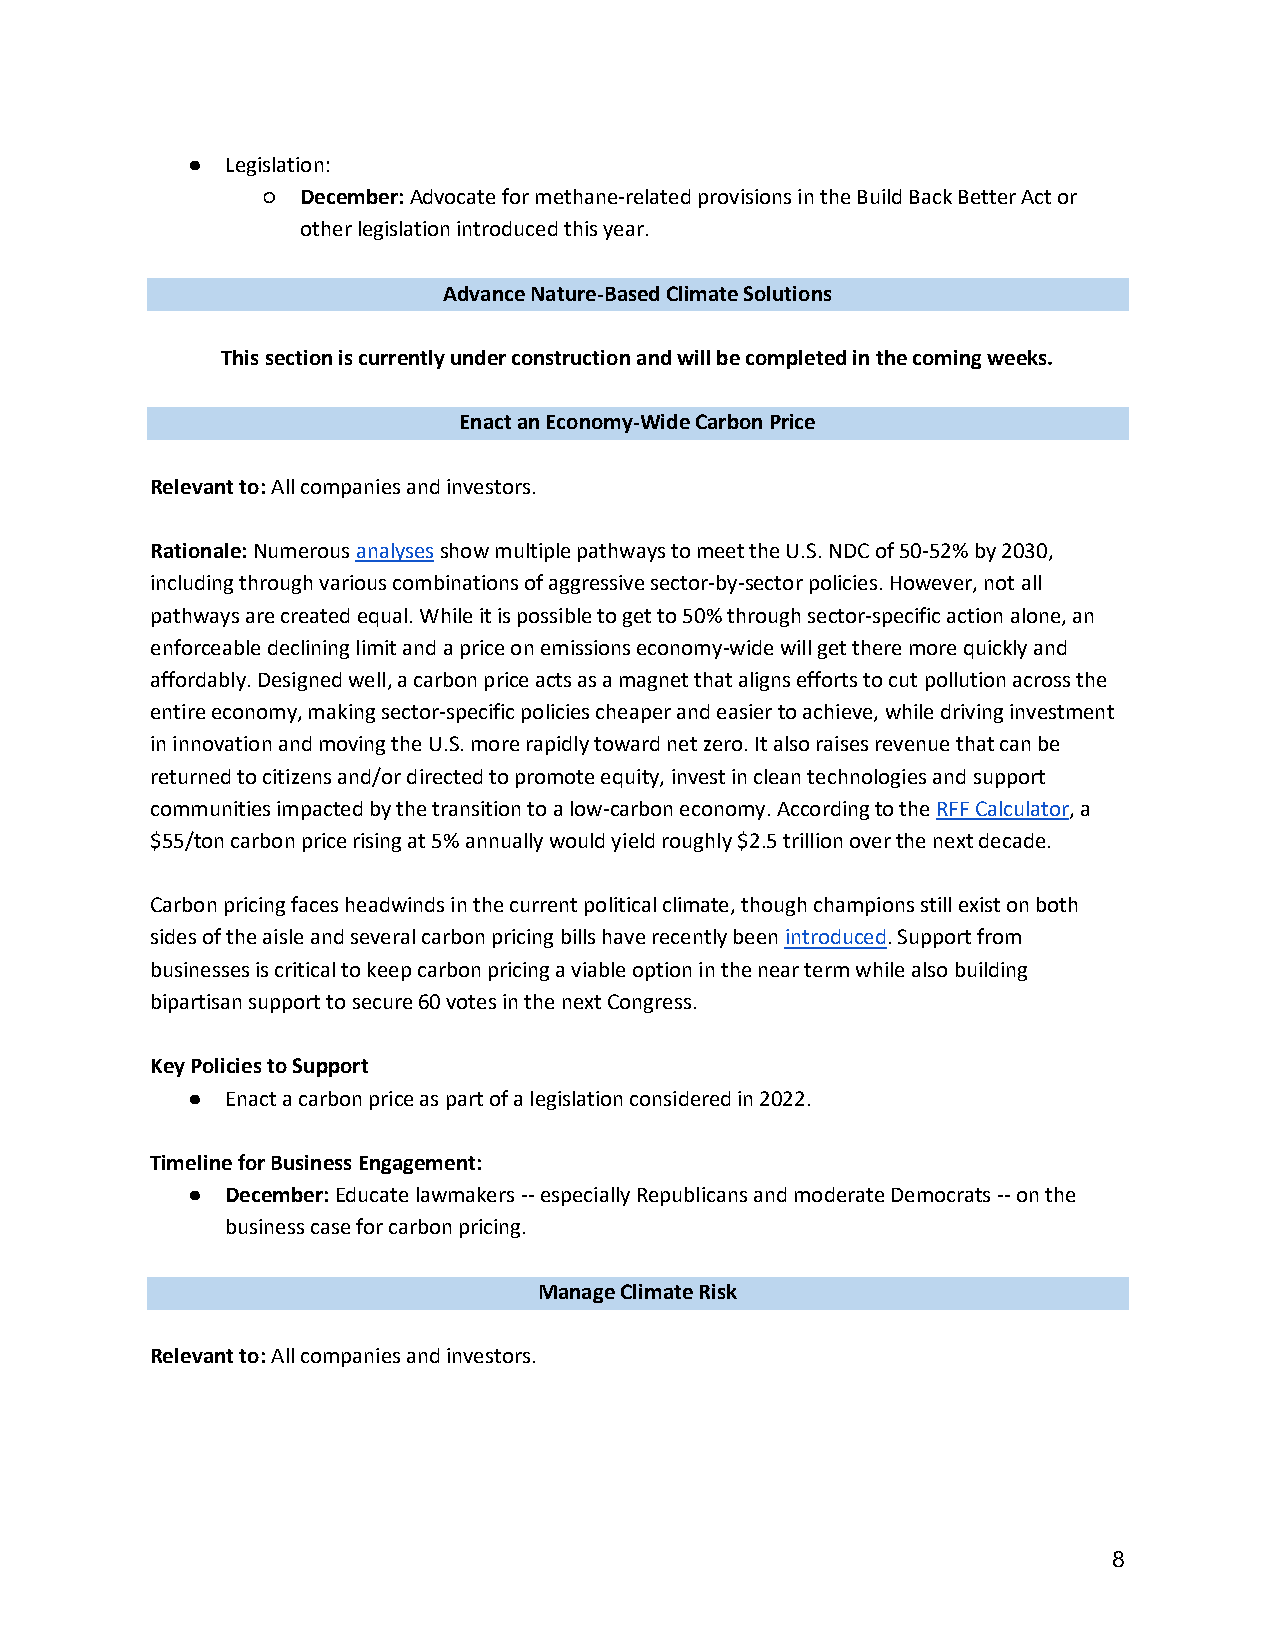
●  Legislation:
 ○  December: Advocate for methane-related provisions in the Build Back Better Act or
 other legislation introduced this year.
 Advance Nature-Based Climate Solutions
 This section is currently under construction and will be completed in the coming weeks.
 Enact an Economy-Wide Carbon Price
 Relevant to: All companies and investors.
 Rationale: Numerous analyses show multiple pathways to meet the U.S. NDC of 50-52% by 2030,
 including through various combinations of aggressive sector-by-sector policies. However, not all
 pathways are created equal. While it is possible to get to 50% through sector-specific action alone, an
 enforceable declining limit and a price on emissions economy-wide will get there more quickly and
 affordably. Designed well, a carbon price acts as a magnet that aligns efforts to cut pollution across the
 entire economy, making sector-specific policies cheaper and easier to achieve, while driving investment
 in innovation and moving the U.S. more rapidly toward net zero. It also raises revenue that can be
 returned to citizens and/or directed to promote equity, invest in clean technologies and support
 communities impacted by the transition to a low-carbon economy. According to the RFF Calculator, a
 $55/ton carbon price rising at 5% annually would yield roughly $2.5 trillion over the next decade.
 Carbon pricing faces headwinds in the current political climate, though champions still exist on both
 sides of the aisle and several carbon pricing bills have recently been introduced. Support from
 businesses is critical to keep carbon pricing a viable option in the near term while also building
 bipartisan support to secure 60 votes in the next Congress.
 Key Policies to Support
 ●  Enact a carbon price as part of a legislation considered in 2022.
 Timeline for Business Engagement:
 ●  December: Educate lawmakers -- especially Republicans and moderate Democrats -- on the
 business case for carbon pricing.
 Manage Climate Risk
 Relevant to: All companies and investors.
 8